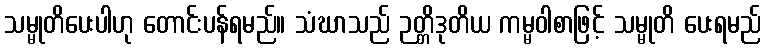
သမ္မုတိပေးပါဟု တောင်းပန်ရမည်။ သံဃာသည် ဉတ္တိဒုတိယ ကမ္မဝါစာဖြင့် သမ္မုတိ ပေးရမည်